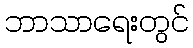
ဘာသာရေးတွင်